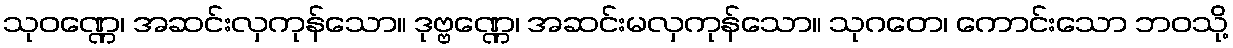
သုဝဏ္ဏေ၊ အဆင်းလှကုန်သော။ ဒုဗ္ဗဏ္ဏေ၊ အဆင်းမလှကုန်သော။ သုဂတေ၊ ကောင်းသော ဘဝသို့